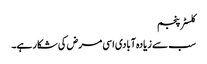
کلسٹر پنجم
سب سے زیادہ آبادی اسی مرض کی شکار ہے۔